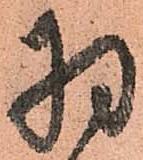
羽